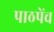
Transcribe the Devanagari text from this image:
पाठपेंच